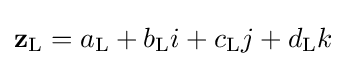
\mathbf {z} _{\rm {L}}=a_{\rm {L}}+b_{\rm {L}}i+c_{\rm {L}}j+d_{\rm {L}}k